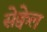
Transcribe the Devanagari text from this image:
सेक्वेल